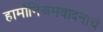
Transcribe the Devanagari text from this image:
हार्मोनिअमवादनाचे